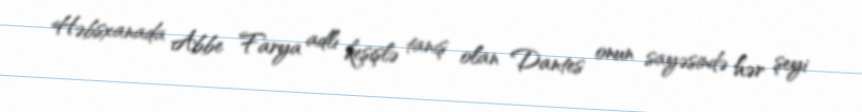
Həbsxanada Abbe Farya adlı keşişlə tanış olan Dantes onun sayəsində hər şeyi